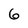
Character: 6